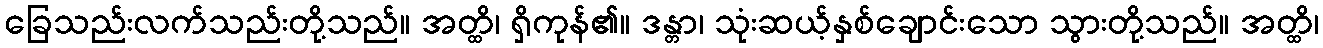
ခြေသည်းလက်သည်းတို့သည်။ အတ္ထိ၊ ရှိကုန်၏။ ဒန္တာ၊ သုံးဆယ့်နှစ်ချောင်းသော သွားတို့သည်။ အတ္ထိ၊